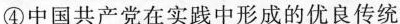
④ 中国共产党在实 践中形成的优良传统